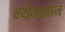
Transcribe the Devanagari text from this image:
थ्येनशान